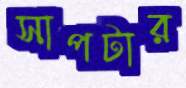
সাপটার